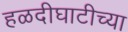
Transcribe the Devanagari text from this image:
हळदीघाटीच्या